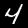
Label: 4